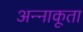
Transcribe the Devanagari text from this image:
अन्‍नाकूता